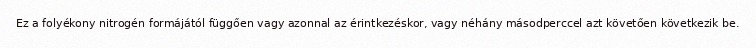
Ez a folyékony nitrogén formájától függően vagy azonnal az érintkezéskor, vagy néhány másodperccel azt követően következik be.